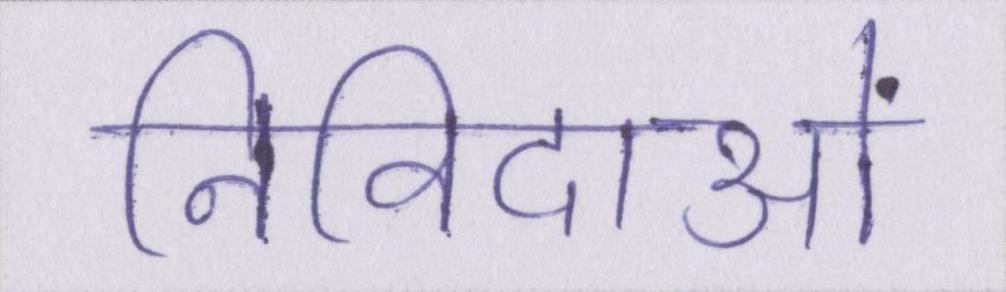
निविदाओं